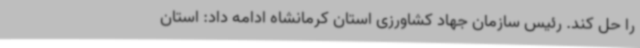
را حل کند. رئیس سازمان جهاد کشاورزی استان کرمانشاه ادامه داد: استان